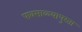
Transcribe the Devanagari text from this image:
पावसाळ्यापुरता